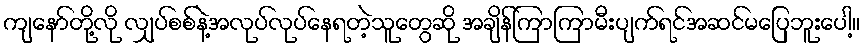
ကျနော်တို့လို လျှပ်စစ်နဲ့အလုပ်လုပ်နေရတဲ့သူတွေဆို အချိန်ကြာကြာမီးပျက်ရင်အဆင်မပြေဘူးပေါ့။